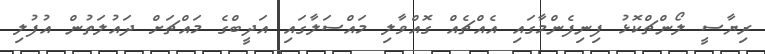
ރިޔާސީ ލޯންޗްކޮޅު ފިނިފެންމާގައި އެއްޗެއް ގޮއްވާލި މައްސަލާގައި އަދީބްގެ މައްޗަށް ދައުލަތުން އުފުލި